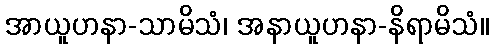
အာယူဟနာ-သာမိသံ၊ အနာယူဟနာ-နိရာမိသံ။